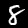
Digit: 8